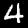
Digit: 4